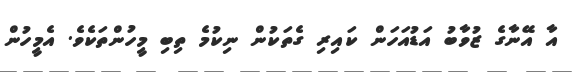
އާ އޭނާގެ ޒުވާބު އަޑުއަހަން ކައިރި ގެތަކުން ނިކުމެ ތިބި މީހުންތަކެވެ. އެމީހުން